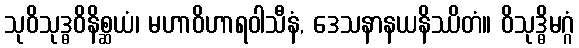
သုဝိသုဒ္ဓဝိနိစ္ဆယံ၊ မဟာဝိဟာရဝါသီနံ, ဒေသနာနယနိဿိတံ။ ဝိသုဒ္ဓိမဂ္ဂံ